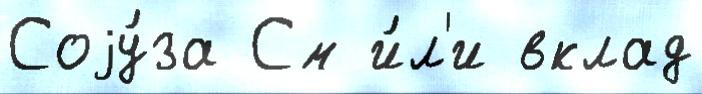
Соjу́за См и́л'и вклад